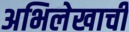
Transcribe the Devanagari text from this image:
अभिलेखाची